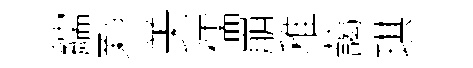
繻鄴美儒崩稚藹琪